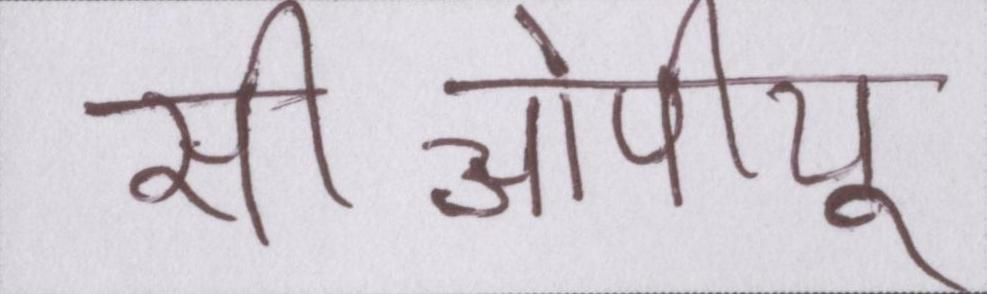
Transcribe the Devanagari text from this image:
सीओपीयू